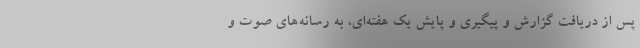
پس از دریافت گزارش و پیگیری و پایش یک هفته‌ای، به رسانه‌های صوت و